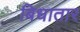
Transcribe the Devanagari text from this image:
बिधातार